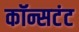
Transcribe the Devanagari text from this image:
कॉन्सटंट